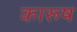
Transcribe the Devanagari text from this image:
कारूष